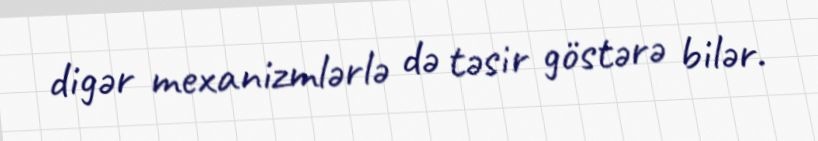
digər mexanizmlərlə də təsir göstərə bilər.